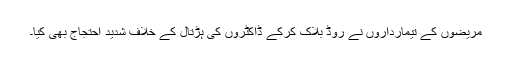
مریضوں کے تیمارداروں نے روڈ بلاک کرکے ڈاکٹروں کی ہڑتال کے خلاف شدید احتجاج بھی کیا۔